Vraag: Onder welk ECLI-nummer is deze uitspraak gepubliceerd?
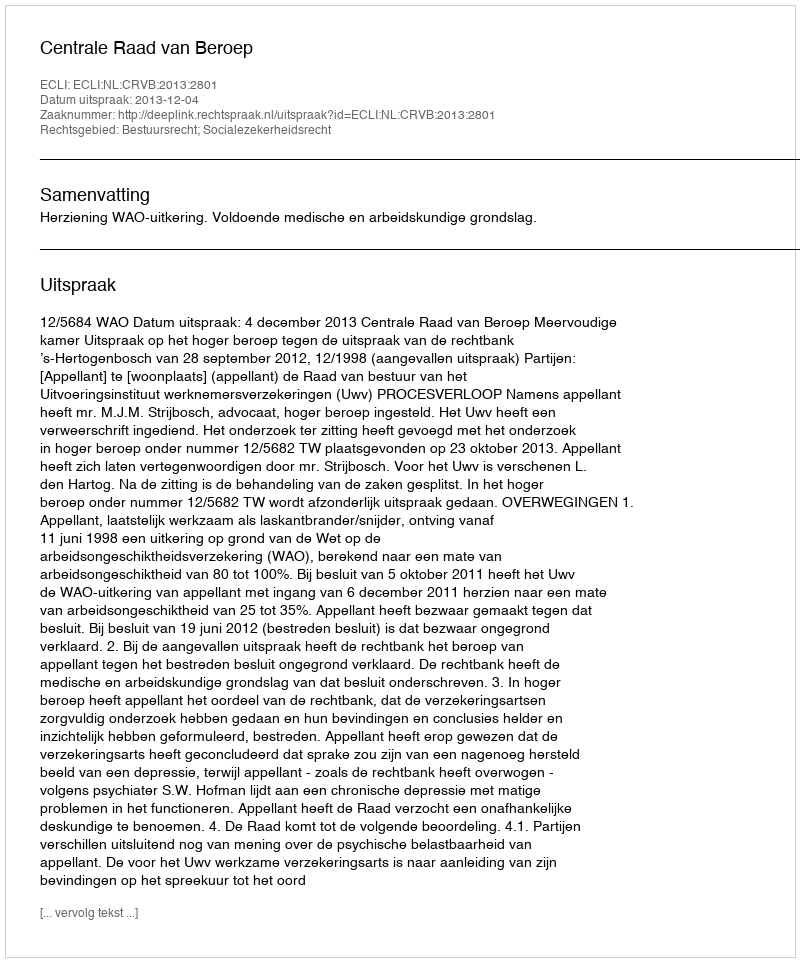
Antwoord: ECLI:NL:CRVB:2013:2801